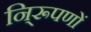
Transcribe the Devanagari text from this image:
नि्रूपणों